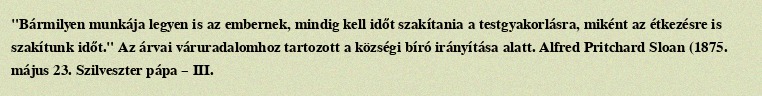
"Bármilyen munkája legyen is az embernek, mindig kell időt szakítania a testgyakorlásra, miként az étkezésre is szakítunk időt." Az árvai váruradalomhoz tartozott a községi bíró irányítása alatt. Alfred Pritchard Sloan (1875. május 23. Szilveszter pápa – III.